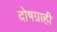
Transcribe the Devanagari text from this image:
दोषग्राही